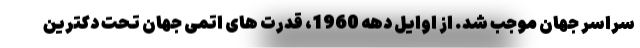
سراسر جهان موجب شد. از اوایل دهه 1960، قدرت های اتمی جهان تحت دکترین